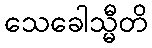
သေခေါသ္မီတိ